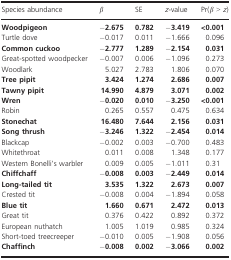
| Species abundance | β | SE | z‐value | Pr(β > z) |
 | --- | --- | --- | --- | --- |
 | Woodpigeon | −2.675 | 0.782 | −3.419 | <0.001 |
 | Turtle dove | −0.017 | 0.011 | −1.666 | 0.096 |
 | Common cuckoo | −2.777 | 1.289 | −2.154 | 0.031 |
 | Great‐spotted woodpecker | −0.007 | 0.006 | −1.096 | 0.273 |
 | Woodlark | 5.027 | 2.783 | 1.806 | 0.070 |
 | Tree pipit | 3.424 | 1.274 | 2.686 | 0.007 |
 | Tawny pipit | 14.990 | 4.879 | 3.071 | 0.002 |
 | Wren | −0.020 | 0.010 | −3.250 | <0.001 |
 | Robin | 0.265 | 0.557 | 0.475 | 0.634 |
 | Stonechat | 16.480 | 7.644 | 2.156 | 0.031 |
 | Song thrush | −3.246 | 1.322 | −2.454 | 0.014 |
 | Blackcap | −0.002 | 0.003 | −0.700 | 0.483 |
 | Whitethroat | 0.011 | 0.008 | 1.348 | 0.177 |
 | Western Bonelli's warbler | 0.009 | 0.005 | −1.011 | 0.31 |
 | Chiffchaff | −0.008 | 0.003 | −2.449 | 0.014 |
 | Long‐tailed tit | 3.535 | 1.322 | 2.673 | 0.007 |
 | Crested tit | −0.008 | 0.004 | −1.894 | 0.058 |
 | Blue tit | 1.660 | 0.671 | 2.472 | 0.013 |
 | Great tit | 0.376 | 0.422 | 0.892 | 0.372 |
 | European nuthatch | 1.005 | 1.019 | 0.985 | 0.324 |
 | Short‐toed treecreeper | −0.010 | 0.005 | −1.908 | 0.056 |
 | Chaffinch | −0.008 | 0.002 | −3.066 | 0.002 |